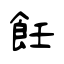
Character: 飪